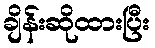
ချိန်းဆိုထားပြီး